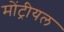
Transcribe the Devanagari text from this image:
मोंट्रीयल